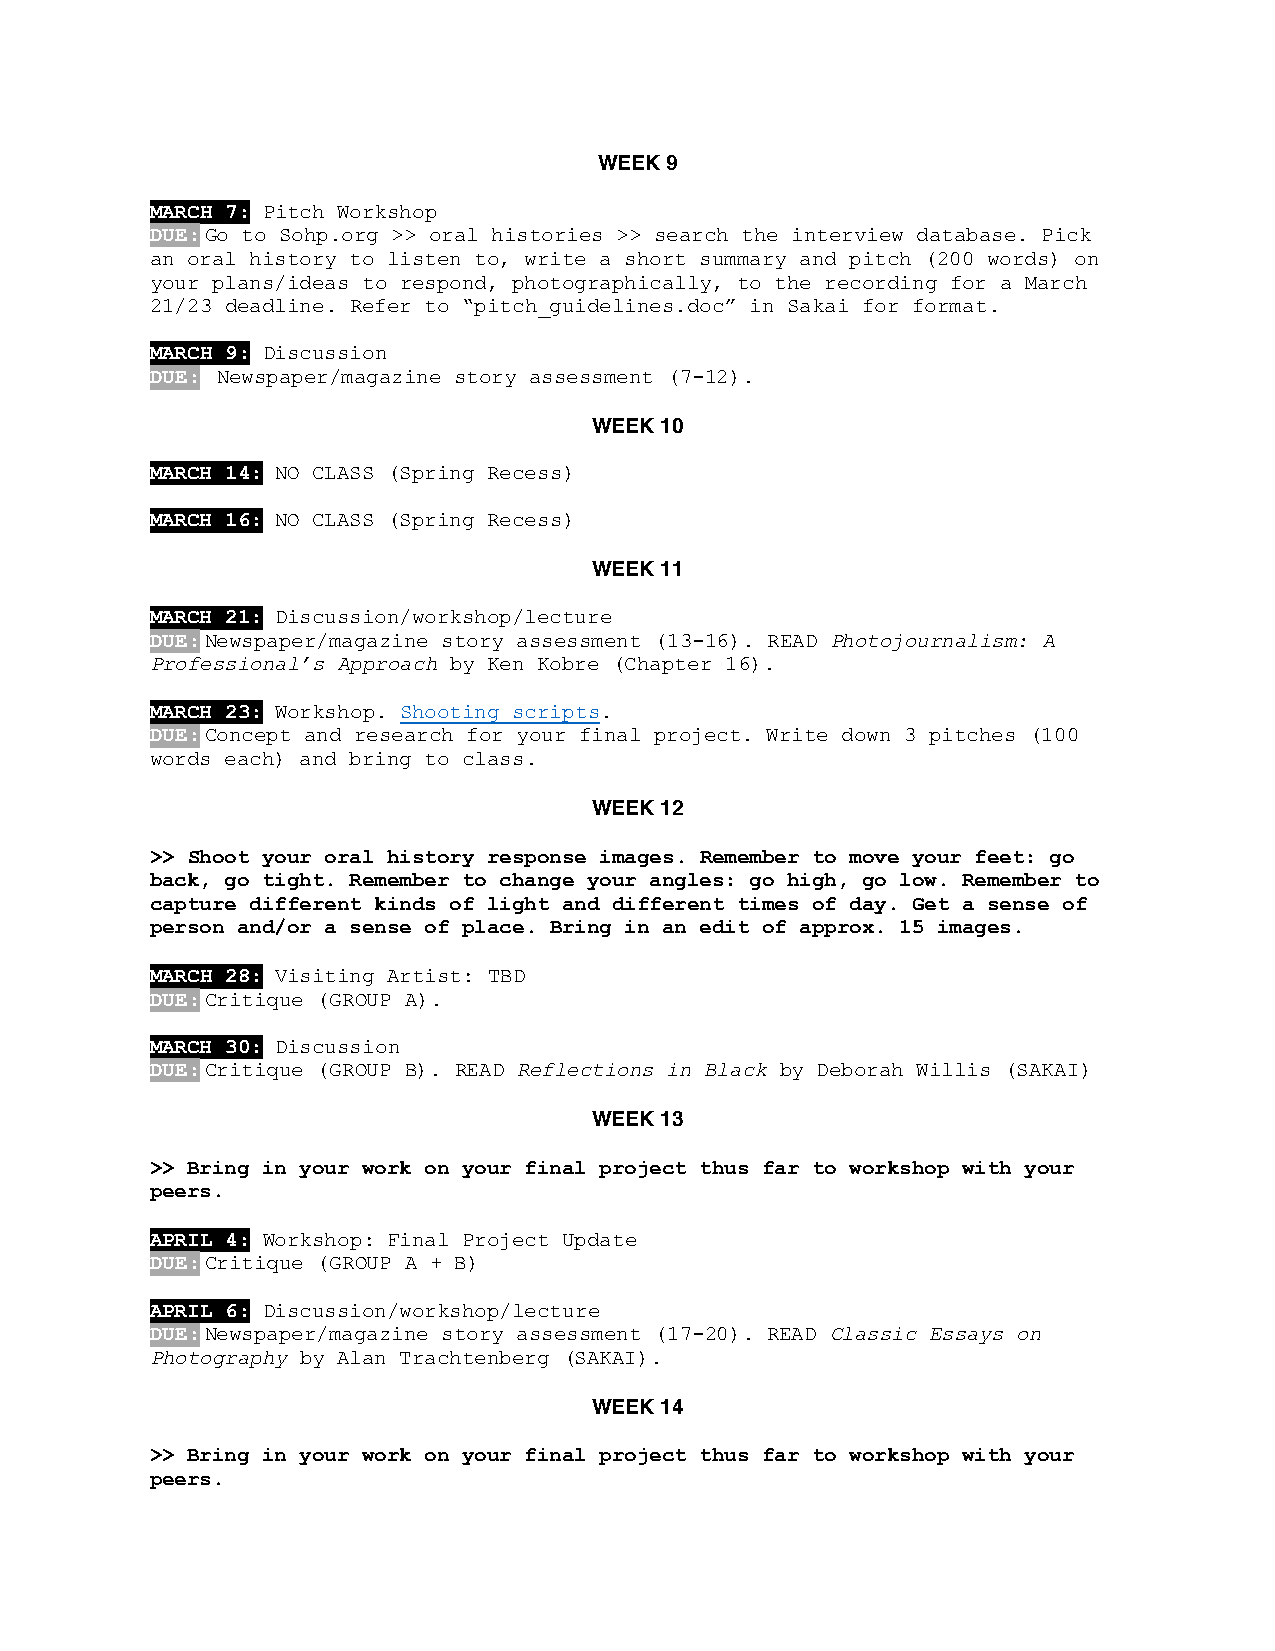
WEEK 9
 MARCH 7: Pitch Workshop
 DUE: Go to Sohp.org >> oral histories >> search the interview database. Pick
 an oral history to listen to, write a short summary and pitch (200 words) on
 your plans/ideas to respond, photographically, to the recording for a March
 21/23 deadline. Refer to “pitch_guidelines.doc” in Sakai for format.
 MARCH 9: Discussion
 DUE: Newspaper/magazine story assessment (7-12).
 WEEK 10
 MARCH 14: NO CLASS (Spring Recess)
 MARCH 16: NO CLASS (Spring Recess)
 WEEK 11
 MARCH 21: Discussion/workshop/lecture
 DUE: Newspaper/magazine story assessment (13-16). READ Photojournalism: A
 Professional’s Approach by Ken Kobre (Chapter 16).
 MARCH 23: Workshop. Shooting scripts.
 DUE: Concept and research for your final project. Write down 3 pitches (100
 words each) and bring to class.
 WEEK 12
 >> Shoot your oral history response images. Remember to move your feet: go
 back, go tight. Remember to change your angles: go high, go low. Remember to
 capture different kinds of light and different times of day. Get a sense of
 person and/or a sense of place. Bring in an edit of approx. 15 images.
 MARCH 28: Visiting Artist: TBD
 DUE: Critique (GROUP A).
 MARCH 30: Discussion
 DUE: Critique (GROUP B). READ Reflections in Black by Deborah Willis (SAKAI)
 WEEK 13
 >> Bring in your work on your final project thus far to workshop with your
 peers.
 APRIL 4: Workshop: Final Project Update
 DUE: Critique (GROUP A + B)
 APRIL 6: Discussion/workshop/lecture
 DUE: Newspaper/magazine story assessment (17-20). READ Classic Essays on
 Photography by Alan Trachtenberg (SAKAI).
 WEEK 14
 >> Bring in your work on your final project thus far to workshop with your
 peers.